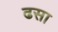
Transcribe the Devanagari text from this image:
ढसा